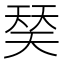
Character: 𰋩